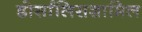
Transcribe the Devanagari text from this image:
डोर्सालिसशामिल